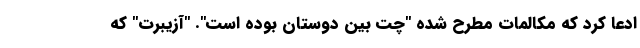
ادعا کرد که مکالمات مطرح شده "چت بین دوستان بوده است". "آزیبرت" که